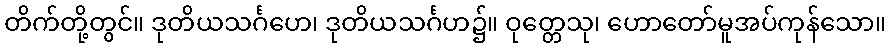
တိက်တို့တွင်။ ဒုတိယသင်္ဂဟေ၊ ဒုတိယသင်္ဂဟ၌။ ဝုတ္တေသု၊ ဟောတော်မူအပ်ကုန်သော။